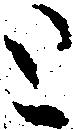
と